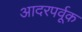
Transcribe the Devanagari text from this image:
आदरपर्वूक